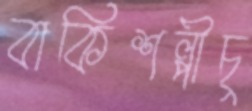
বাকিশল্পীচু